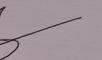
Signature authenticity: forged